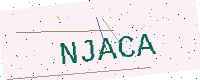
Text: NJACA